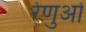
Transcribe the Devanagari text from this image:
रेणुओं